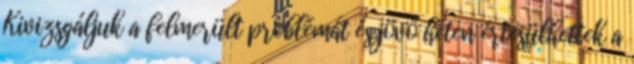
Kivizsgáljuk a felmerült problémát és jövő héten értesülhettek a